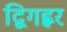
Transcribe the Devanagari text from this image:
द्विगह्वर